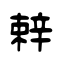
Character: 辢